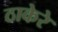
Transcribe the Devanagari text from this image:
ठाकेरे